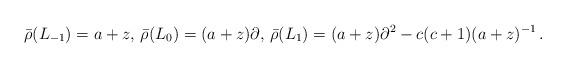
LaTeX: \begin{align*}\bar{\rho}(L_{-1})= {a+z}, \,\bar{\rho}(L_0)= (a+z) \partial , \,\bar{\rho}(L_{1})= (a+z) \partial^2 -c(c+1)(a+z)^{-1} \, .\end{align*}